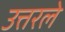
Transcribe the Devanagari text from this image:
उत्तरले